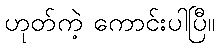
ဟုတ်ကဲ့ ကောင်းပါပြီ။